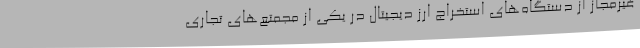
غیرمجاز از دستگاه‌های استخراج ارز دیجیتال در یکی از مجمتع‌های تجاری